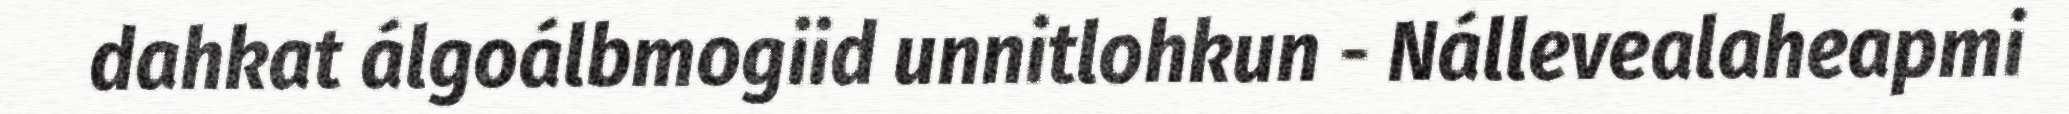
dahkat álgoálbmogiid unnitlohkun - Nállevealaheapmi